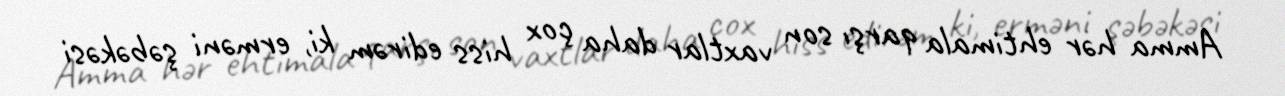
Amma hər ehtimala qarşı son vaxtlar daha çox hiss edirəm ki, erməni şəbəkəsi